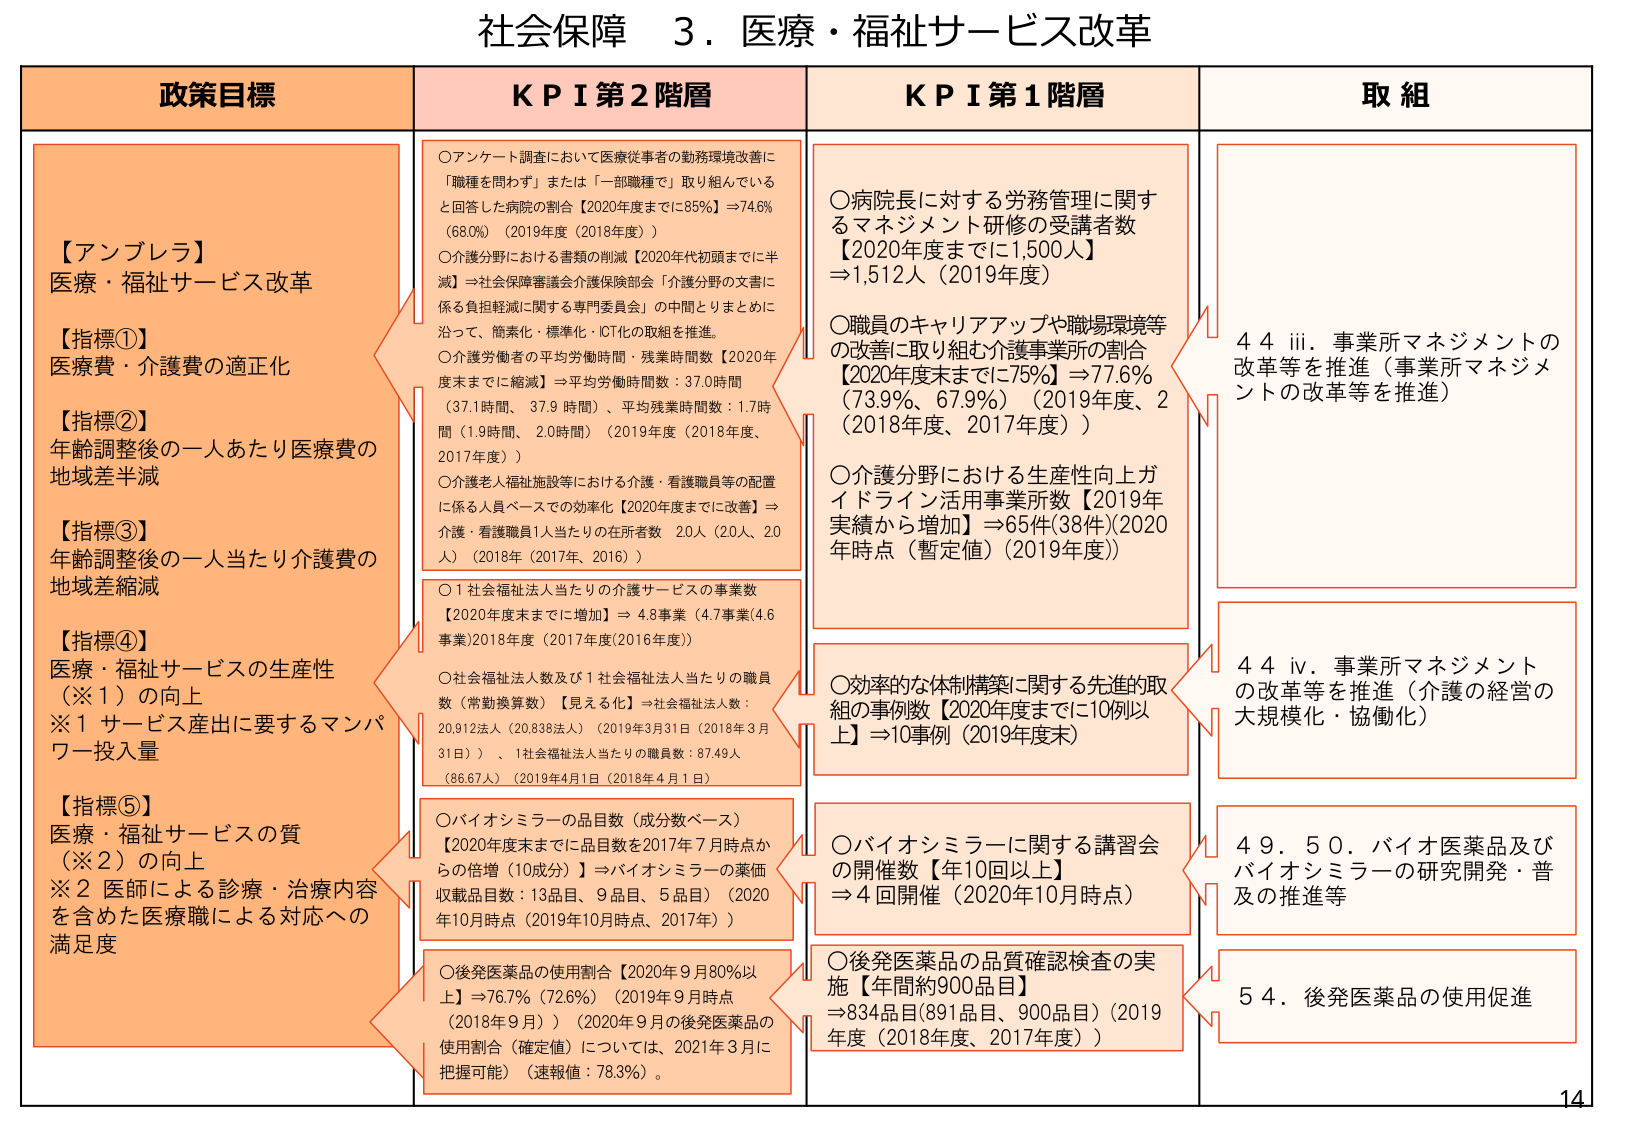
社会保障 3．医療・福祉サービス改革

政策目標

【アンブレラ】
医療・福祉サービス改革

【指標①】
医療費・介護費の適正化

【指標②】
年齢調整後の一人あたり医療費の
地域差半減

【指標③】
年齢調整後の一人当たり介護費の
地域差縮減

【指標④】
医療・福祉サービスの生産性
（※1）の向上
※1 サービス産出に要するマンパ
ワー投入量

【指標⑤】
医療・福祉サービスの質
（※2）の向上
※2 医師による診療・治療内容
を含めた医療職による対応への
満足度

KPI 第2階層

○アンケート調査において医療従事者の勤務環境改善に
「職種を問わず」または「一部職種で」取り組んでいる
と回答した病院の割合【2020年度までに85%】⇒74.6%
（68.0%）（2019年度（2018年度））

○介護分野における書類の削減【2020年代初頭までに半
減】⇒社会保障審議会介護保険部会「介護分野の文書に
係る負担軽減に関する専門委員会」の中間とりまとめに
沿って、簡素化・標準化・IoT化の取組を推進。

○介護労働者の平均労働時間・残業時間数【2020年
度末までに縮減】⇒平均労働時間数：37.0時間
（37.1時間、37.9時間）、平均残業時間数：1.7時
間（1.9時間、2.0時間）（2019年度（2018年度、
2017年度））

○介護老人福祉施設等における介護・看護職員等の配置
に係る人員ベースでの効率化【2020年度までに改善】⇒
介護・看護職員1人当たりの在所者数 20人（20人、20
人）（2018年（2017年、2016））

○1社会福祉法人当たりの介護サービスの事業数
【2020年度末までに増加】⇒ 4.8事業（4.7事業(4.6
事業)2018年度（2017年度(2016年度)））

○社会福祉法人数及び1社会福祉法人当たりの職員
数（常勤換算数）【見える化】⇒社会福祉法人数：
20,912法人（20,838法人）（2019年3月31日（2018年3月
31日））、1社会福祉法人当たりの職員数：87.49人
（86.67人）（2019年4月1日（2018年4月1日））

○バイオシミラーの品目数（成分数ベース）
【2020年度末までに品目数を2017年7月時点か
らの倍増（10成分）】⇒バイオシミラーの薬価
収載品目数：13品目、9品目、5品目）（2020
年10月時点（2019年10月時点、2017年））

○後発医薬品の使用割合【2020年9月80%以
上】⇒76.7%（72.6%）（2019年9月時点
（2018年9月））（2020年9月の後発医薬品の
使用割合（確定値）については、2021年3月に
把握可能）（速報値：78.3%）。

KPI 第1階層

○病院長に対する労務管理に関する
マネジメント研修の受講者数
【2020年度までに1,500人】
⇒1,512人（2019年度）

○職員のキャリアアップや職場環境等
の改善に取り組む介護事業所の割合
【2020年度末までに75%】⇒77.6%
（73.9%、67.9%）（2019年度、2
（2018年度、2017年度））

○介護分野における生産性向上ガ
イドライン活用事業所数【2019年
実績から増加】⇒65件(38件)(2020
年時点（暫定値）(2019年度))

○効率的な体制構築に関する先進的取
組の事例数【2020年度までに10例以
上】⇒10事例（2019年度末）

○バイオシミラーに関する講習会
の開催数【年10回以上】
⇒4回開催（2020年10月時点）

○後発医薬品の品質確認検査の実
施【年間約900品目】
⇒834品目(891品目、900品目)（2019
年度（2018年度、2017年度））

取組

44 iii．事業所マネジメントの
改革等を推進（事業所マネジメ
ントの改革等を推進）

44 iv．事業所マネジメント
の改革等を推進（介護の経営の
大規模化・協働化）

49．50．バイオ医薬品及び
バイオシミラーの研究開発・普
及の推進等

54．後発医薬品の使用促進

14